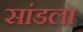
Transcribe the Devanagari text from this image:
सांडला